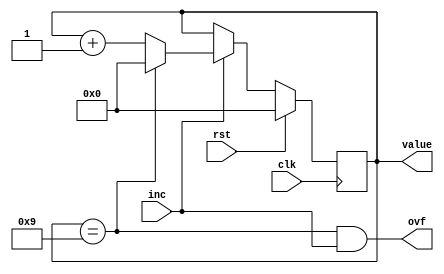
/*
   This file was generated automatically by Alchitry Labs version 1.2.7.
   Do not edit this file directly. Instead edit the original Lucid source.
   This is a temporary file and any changes made to it will be destroyed.
*/

module decimal_counter_15 (
    input clk,
    input rst,
    input inc,
    output reg ovf,
    output reg [3:0] value
  );
  
  
  
  reg [3:0] M_val_d, M_val_q = 1'h0;
  
  always @* begin
    M_val_d = M_val_q;
    
    value = M_val_q;
    ovf = M_val_q == 4'h9 && inc;
    if (inc) begin
      if (M_val_q == 4'h9) begin
        M_val_d = 1'h0;
      end else begin
        M_val_d = M_val_q + 1'h1;
      end
    end
  end
  
  always @(posedge clk) begin
    if (rst == 1'b1) begin
      M_val_q <= 1'h0;
    end else begin
      M_val_q <= M_val_d;
    end
  end
  
endmodule